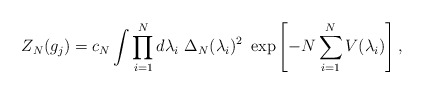
\begin{align*}Z_N(g_j)=c_N \int \prod^N_{i=1} d\lambda_i \ \Delta_N (\lambda_i)^2 \ \exp \left[-N \sum_{i=1}^N V(\lambda_i) \right],\end{align*}